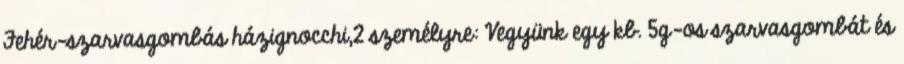
Fehér-szarvasgombás házignocchi,2 személyre: Vegyünk egy kb. 5g-os szarvasgombát és